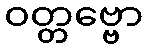
ဝတ္တဗ္ဗော